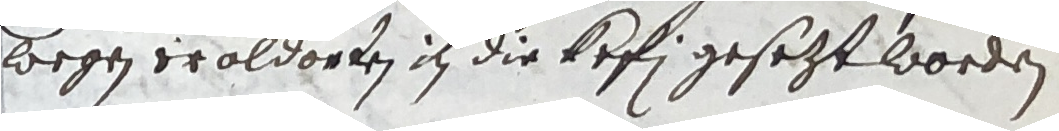
wegen eroldorden in die kefi gesezt worden